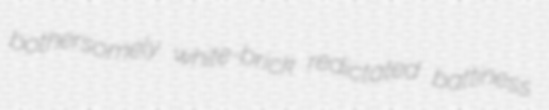
bothersomely white-brick redictated battiness